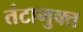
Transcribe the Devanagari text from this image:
तंटामुक्‍त